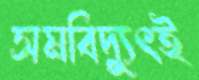
সমবিদ্যুৎই